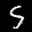
Label: 5